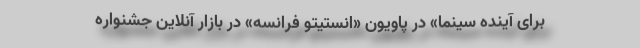
برای آینده سینما» در پاویون «انستیتو فرانسه» در بازار آنلاین جشنواره